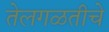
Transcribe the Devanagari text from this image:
तेलगळतीचे